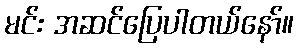
မင်း အဆင်ပြေပါတယ်နော်။